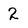
Character: 2